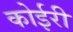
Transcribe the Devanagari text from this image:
कोईरी